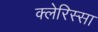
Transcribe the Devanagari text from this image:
क्लेरिस्सा